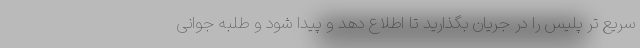
سریع تر پلیس را در جریان بگذارید تا اطلاع دهد و پیدا شود و طلبه جوانی